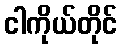
ငါကိုယ်တိုင်